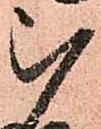
被